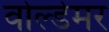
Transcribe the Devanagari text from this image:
वोल्डेमर